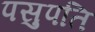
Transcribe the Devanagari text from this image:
पसुपति